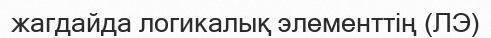
жагдайда логикалық элементтің (ЛЭ)